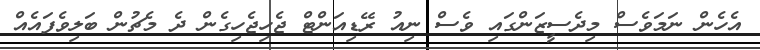
އެހެން ނަމަވެސް މިދެސީޒަންގައި ވެސް ނިއު ރޭޑިއަންޓް ޖެހިޖެހިގެން ދެ މެޗުން ބަލިވެފައެއް